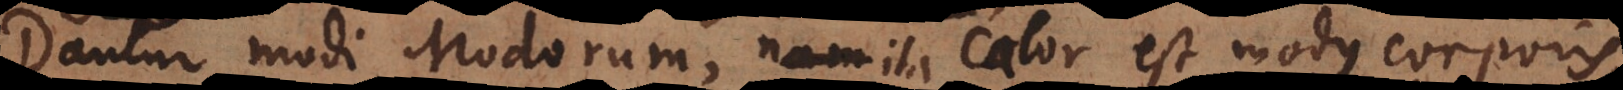
Dantur modi Modorum, ita calor est modus corporis,